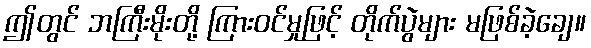
ဤတွင် ဘကြီးမိုးတို့ ကြားဝင်မှုဖြင့် တိုက်ပွဲများ မဖြစ်ခဲ့ချေ။